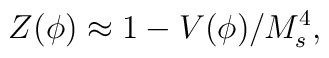
Z(\phi) \approx 1 - V(\phi)/M_s^4,